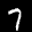
Label: 7